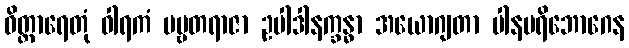
ဝိတ္ထာရေတုံ ဝါရကံ ပဗ္ဗတရာဇာ ဥပါဒါနက္ခန္ဓာ အယောဂျတာ ပါနပရိဘောဂေန